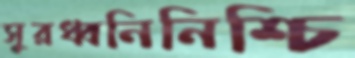
সুরধ্বনিনিশ্চি